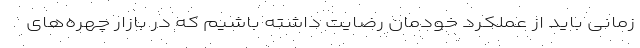
زمانی باید از عملکرد خودمان رضایت داشته باشیم که در بازار چهره‌های